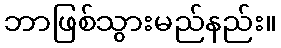
ဘာဖြစ်သွားမည်နည်း။